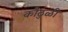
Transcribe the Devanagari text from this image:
कौठुळी